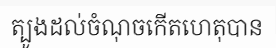
ត្បូងដល់ចំណុចកើតហេតុបាន